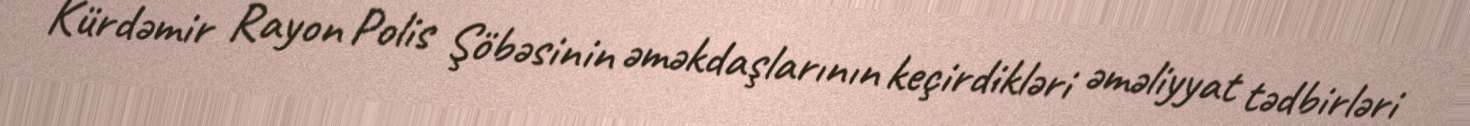
Kürdəmir Rayon Polis Şöbəsinin əməkdaşlarının keçirdikləri əməliyyat tədbirləri